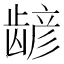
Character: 𫜮